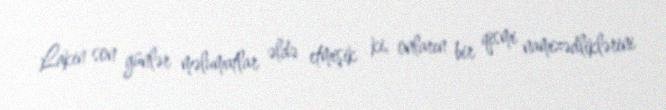
Lakin son günlər məlumatlar əldə etmişik ki, onların bir qismi namizədliklərini